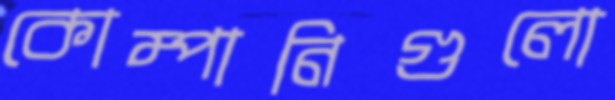
কোম্পানিগুলো